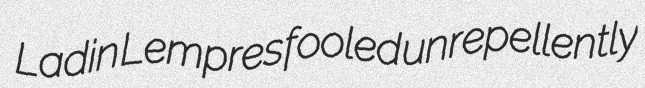
Ladin Lempres fooled unrepellently